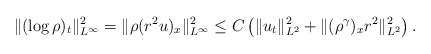
\begin{align*}\|(\log\rho)_t\|^2_{L^\infty}=\|\rho(r^2u)_x\|^2_{L^\infty}\leq C\left(\|u_t\|_{L^2}^2+\|(\rho^\gamma)_xr^2\|_{L^2}^2\right).\end{align*}